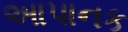
આપાનક